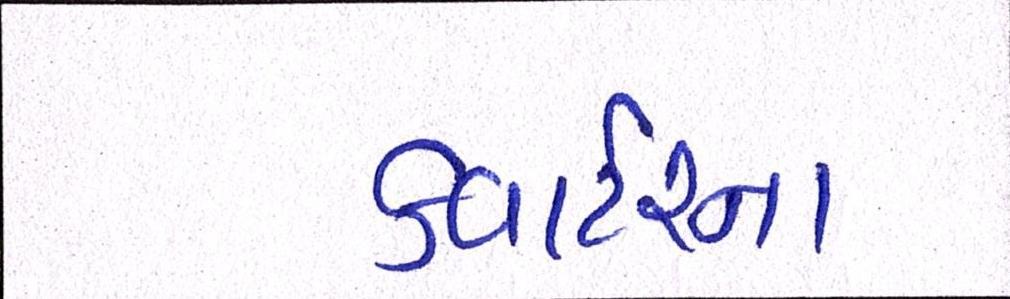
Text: કવાર્ટરના